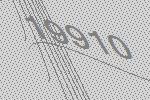
19910